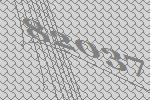
82037